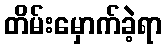
တိမ်းမှောက်ခဲ့ရာ